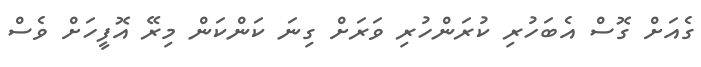
ގެއަށް ގޮސް އެބަހުރި ކުރަންހުރި ވަރަށް ގިނަ ކަންކަން މިރޭ އޮފީހަށް ވެސް